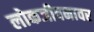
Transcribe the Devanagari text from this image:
लोकजीवनावर